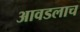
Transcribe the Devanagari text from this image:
आवडलाच